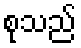
စုသည်